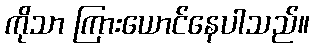
ကိုသာ ကြားယောင်နေပါသည်။